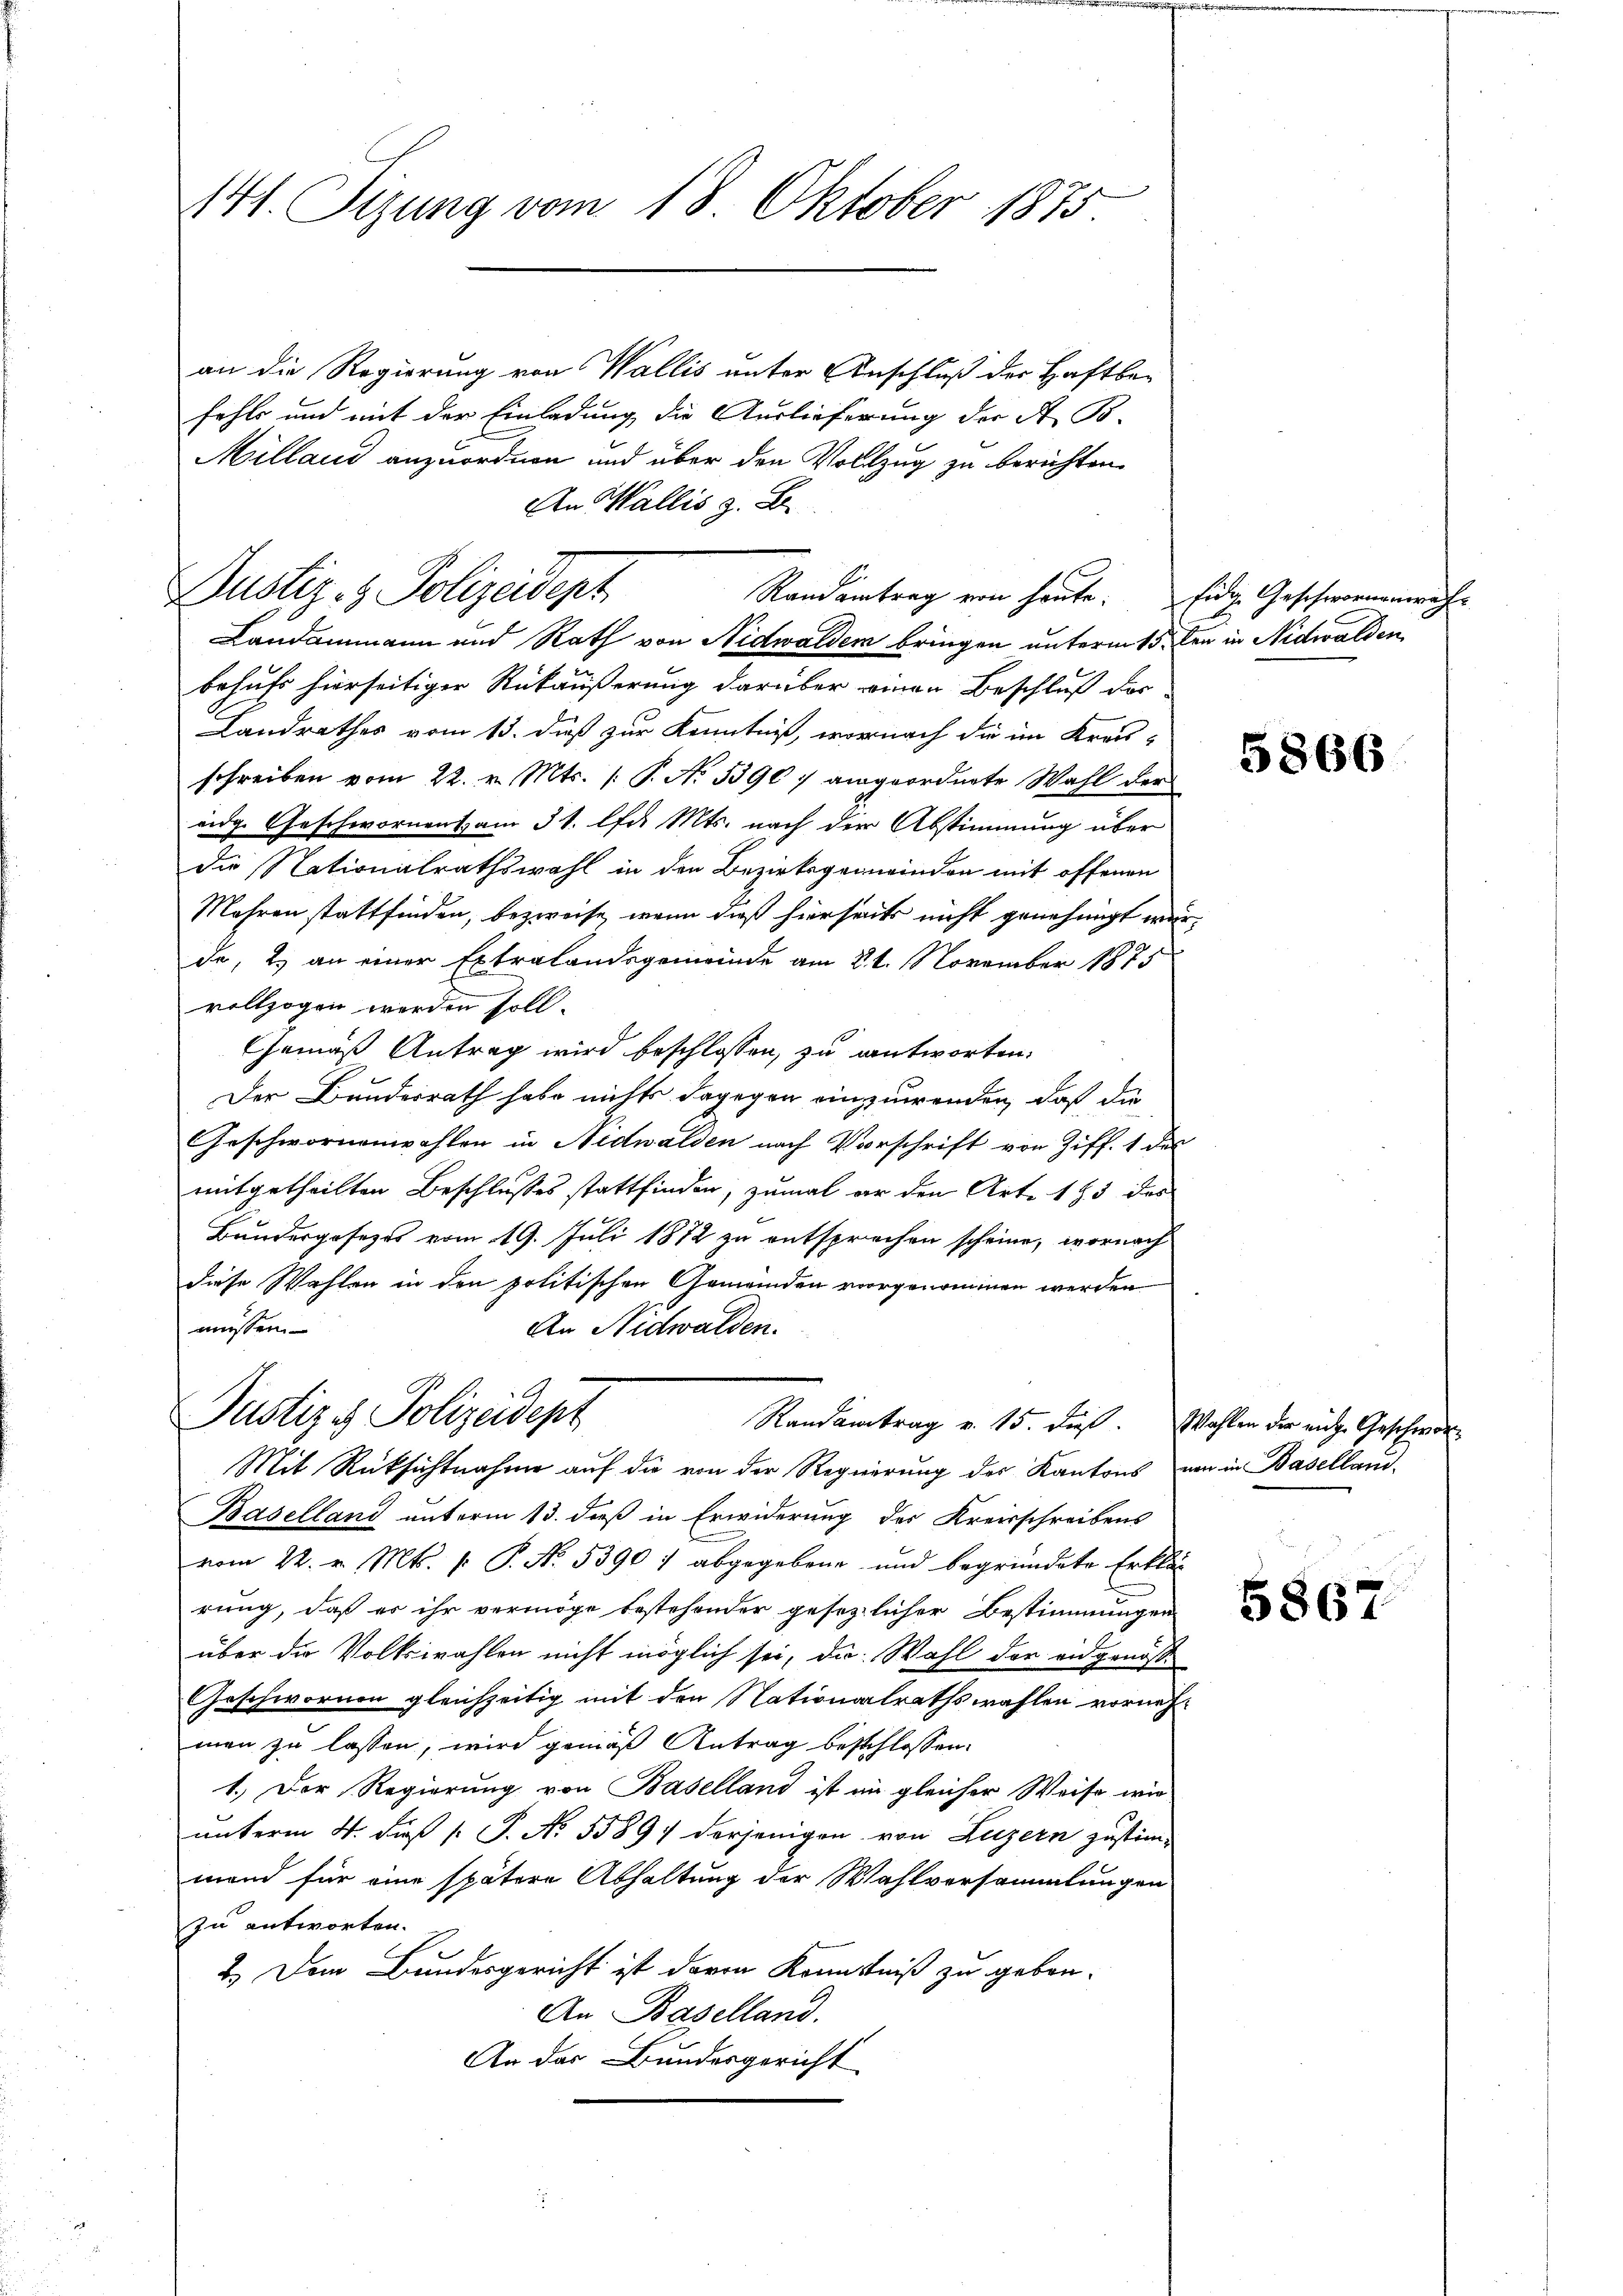
141. Sizung vom 18. Oktober 1875

an die Regierung von Wallis unter Anschluß der Haftbar
fehls und mit der Einladung die Auslieferung der A. Bo-
Milland anzuordnen und über den Vollzug zu berichten.
Landammann und Rath von Nidwalden bringen unterm 15. den in Nidwalden
behufs hierseitiger Rückäußerung darüber einen Beschluß dor-
Landrathes vom 13. dieß zur Kenntniß, wornach die im Kreis-
schreiben vom 22. v. Mts. (: P. No 1390) angeordnete Wahl der
eidg. Geschwornent am 31. lfd. Mts. nach der Abstimmung über
die Nationalrathswahl in den Bezirksgemeinden mit offenen
Mahren stattfinden, bezweife, wenn dieß hierseits nicht genehmigt wurde, 2. an einer Extralandsgemeinde am 21. November 187
vollzogen worden soll.
Gemäß Antrag wird beschlossen, zu antworten.
Der Bundesrath habe nichts dagegen einzuwenden, daß die
Geschwornenwahlen in Nidwalden nach Vorschrift von Ziff. 1 des
mitgetheilten Beschlusses stattfinden, zumal er den Art. 193 des
Bundesgesezes vom 19. Juli 1872 zu entsprechen scheine, wornach
diese Wahlen in den politischen Gemeinden vorgenommen werden
müssen.
An Nidwalden.
Justiz & Polizeidept
Randantrag v. 15. dieß.
Mit Rücksichtnahme auf die von der Regierung des Kantons von in Baselland-
Baselland unterm 13. dieß in Erwiderung des Kreisschreibens
vom 22. v. Mts. v. P. No. 5390) abgegebene und begründete Erklär
rung, daß es ihr vermöge bestehender gesetzlicher Bestimmungen
über die Volkswahlen nicht möglich sei, die Wahl der eidgenöß¬
Geschwornen gleichzeitig mit den Nationalrathswahlen vornehmen zu lassen, wird gemäß Antrag beschlossen:
1.) Der Regierung von Baselland ist ein gleicher Weise wir
unterm 4. daß P. P. No. 55897 derjenigen von Luzern zustim-
mand für eine spätere Abhaltung der Wahlversammlungen
zu antworten.
2.) Dem Bundesgericht ist davon Kenntniß zu gebon-
An Baselland.
An der Bundesgericht

An Wallis z. B.
Dustiz- & Polizeidept
Randantrag von heute. Eidge Geschwornenrecht

5866

Wahlen der nichte Geschwore

5867